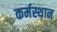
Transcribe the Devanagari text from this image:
कर्मस्थान